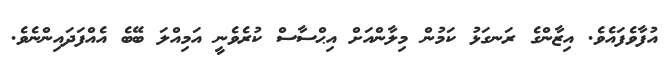
އުފާވެފައެވެ. އިޒާންގެ ރަނގަޅު ކަމުން މިލާންއަށް އިޙްސާސް ކުރެވެނީ އަމިއްލަ ބޭބެ އެއްފަދައިންނެވެ.